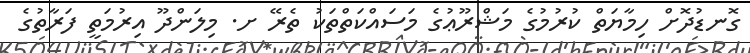
ގޮނޑުދޮށް ހިމާޔަތް ކުރުމުގެ މަޝްރޫޢުގެ މަސައްކަތްތަކު ތެރޭ ށ. މިލަންދޫ އިރުމަތީ ފަރާތުގެ